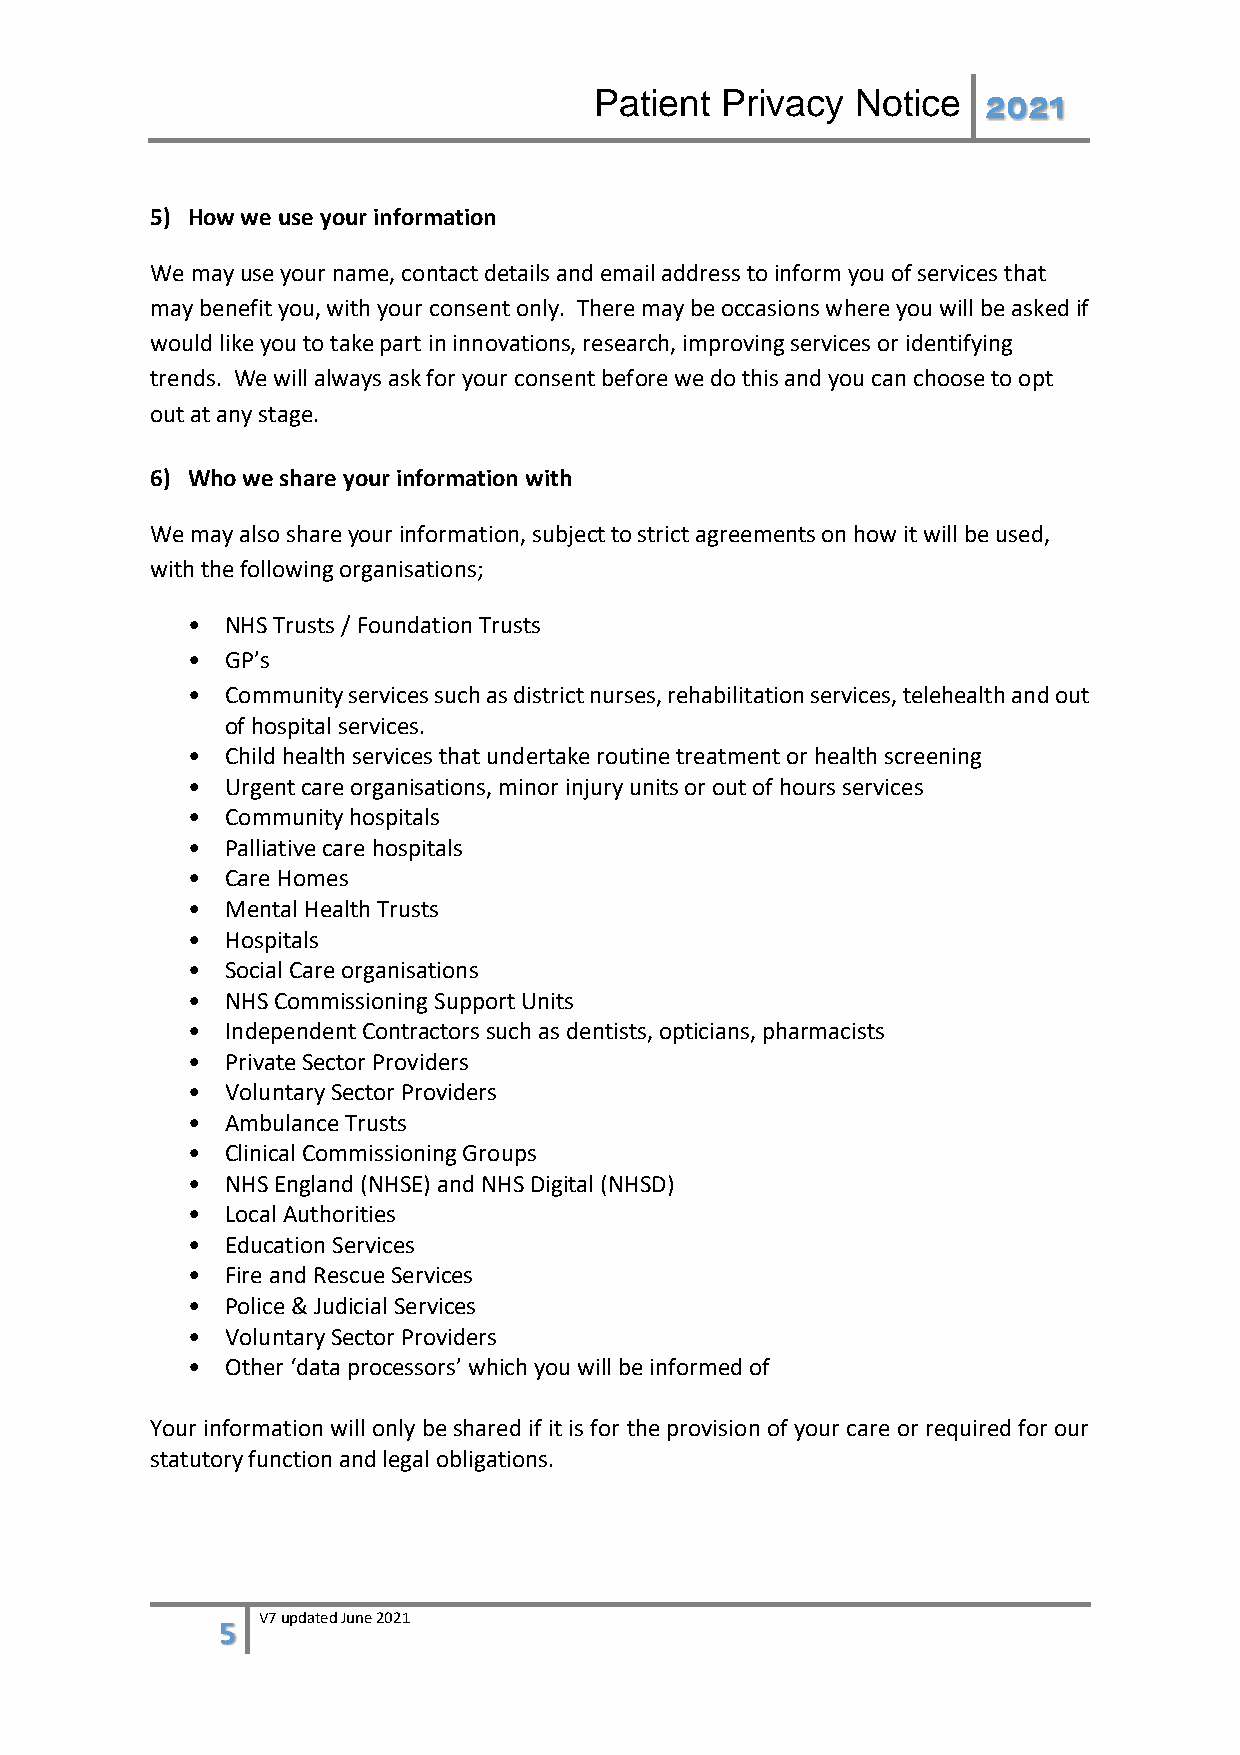
Patient  Privacy  Notice  2021
 5) How we use your information
 We may use your name, contact details and email address to inform you of services that
 may benefit you, with your consent only. There may be occasions where you will be asked if
 would like you to take part in innovations, research, improving services or identifying
 trends. We will always ask for your consent before we do this and you can choose to opt
 out at any stage.
 6) Who we share your information with
 We may also share your information, subject to strict agreements on how it will be used,
 with the following organisations;
 •  NHS Trusts / Foundation Trusts
 •  GP’s
 •  Community services such as district nurses, rehabilitation services, telehealth and out
 of hospital services.
 •  Child health services that undertake routine treatment or health screening
 •  Urgent care organisations, minor injury units or out of hours services
 •  Community hospitals
 •  Palliative care hospitals
 •  Care Homes
 •  Mental Health Trusts
 •  Hospitals
 •  Social Care organisations
 •  NHS Commissioning Support Units
 •  Independent Contractors such as dentists, opticians, pharmacists
 •  Private Sector Providers
 •  Voluntary Sector Providers
 •  Ambulance Trusts
 •  Clinical Commissioning Groups
 •  NHS England (NHSE) and NHS Digital (NHSD)
 •  Local Authorities
 •  Education Services
 •  Fire and Rescue Services
 •  Police & Judicial Services
 •  Voluntary Sector Providers
 •  Other ‘data processors’ which you will be informed of
 Your information will only be shared if it is for the provision of your care or required for our
 statutory function and legal obligations.
 5 V7 updated June 2021